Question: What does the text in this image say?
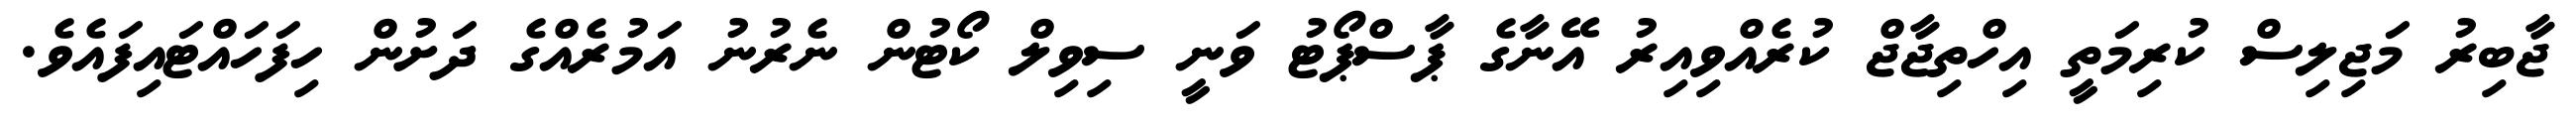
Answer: ޖާބިރު މަޖިލިސް ކުރިމަތީ އިހްތިޖާޖް ކުރެއްވިއިރު އޭނާގެ ޕާސްޕޯޓު ވަނީ ސިވިލް ކޯޓުން ނެރުނު އަމުރެއްގެ ދަށުން ހިފަހައްޓައިފައެވެ.